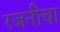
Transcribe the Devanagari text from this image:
रजनीचा